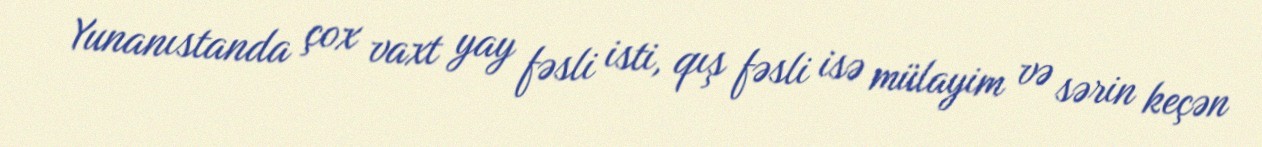
Yunanıstanda çox vaxt yay fəsli isti, qış fəsli isə mülayim və sərin keçən